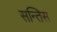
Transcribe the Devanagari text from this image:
सन्तिस